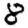
Digit: 8